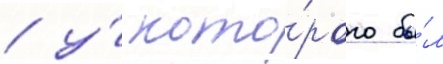
/ у́ кото́рого бы́л